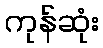
ကုန်ဆုံး